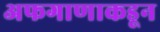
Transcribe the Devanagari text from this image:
अफगाणाकडून